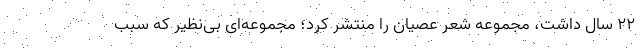
22 سال داشت، مجموعه شعر عصیان را منتشر کرد؛ مجموعه‌ای بی‌نظیر که سبب